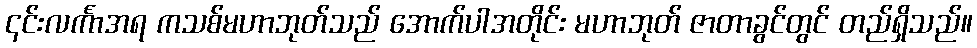
၎င်းလင်္ကာအရ ကသစ်မဟာဘုတ်သည် အောက်ပါအတိုင်း မဟာဘုတ် ဇာတာခွင်တွင် တည်ရှိသည်။